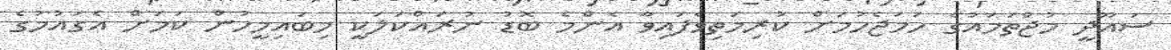
ސައޫދީ މުޖްތަމައުގެ ހަމަޖެހުމަށް ކުރިމަތިވެފައިވާ އެންމެ ބޮޑު ނުރައްކަލަކީ މިބައިމީހުން ކަމަށް އެގައުމުގެ